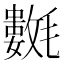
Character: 𣰟